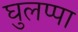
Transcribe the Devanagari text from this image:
घुलप्पा